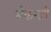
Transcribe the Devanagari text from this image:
मेकेन्ज़ी